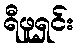
ရီဖူရှင်း